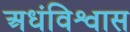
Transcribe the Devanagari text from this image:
अधंविश्वास